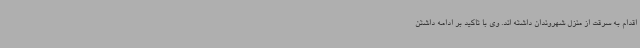
اقدام به سرقت از منزل شهروندان داشته اند. وی با تاکید بر ادامه داشتن